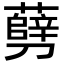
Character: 㔑